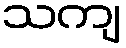
သကျ